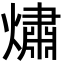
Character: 熽